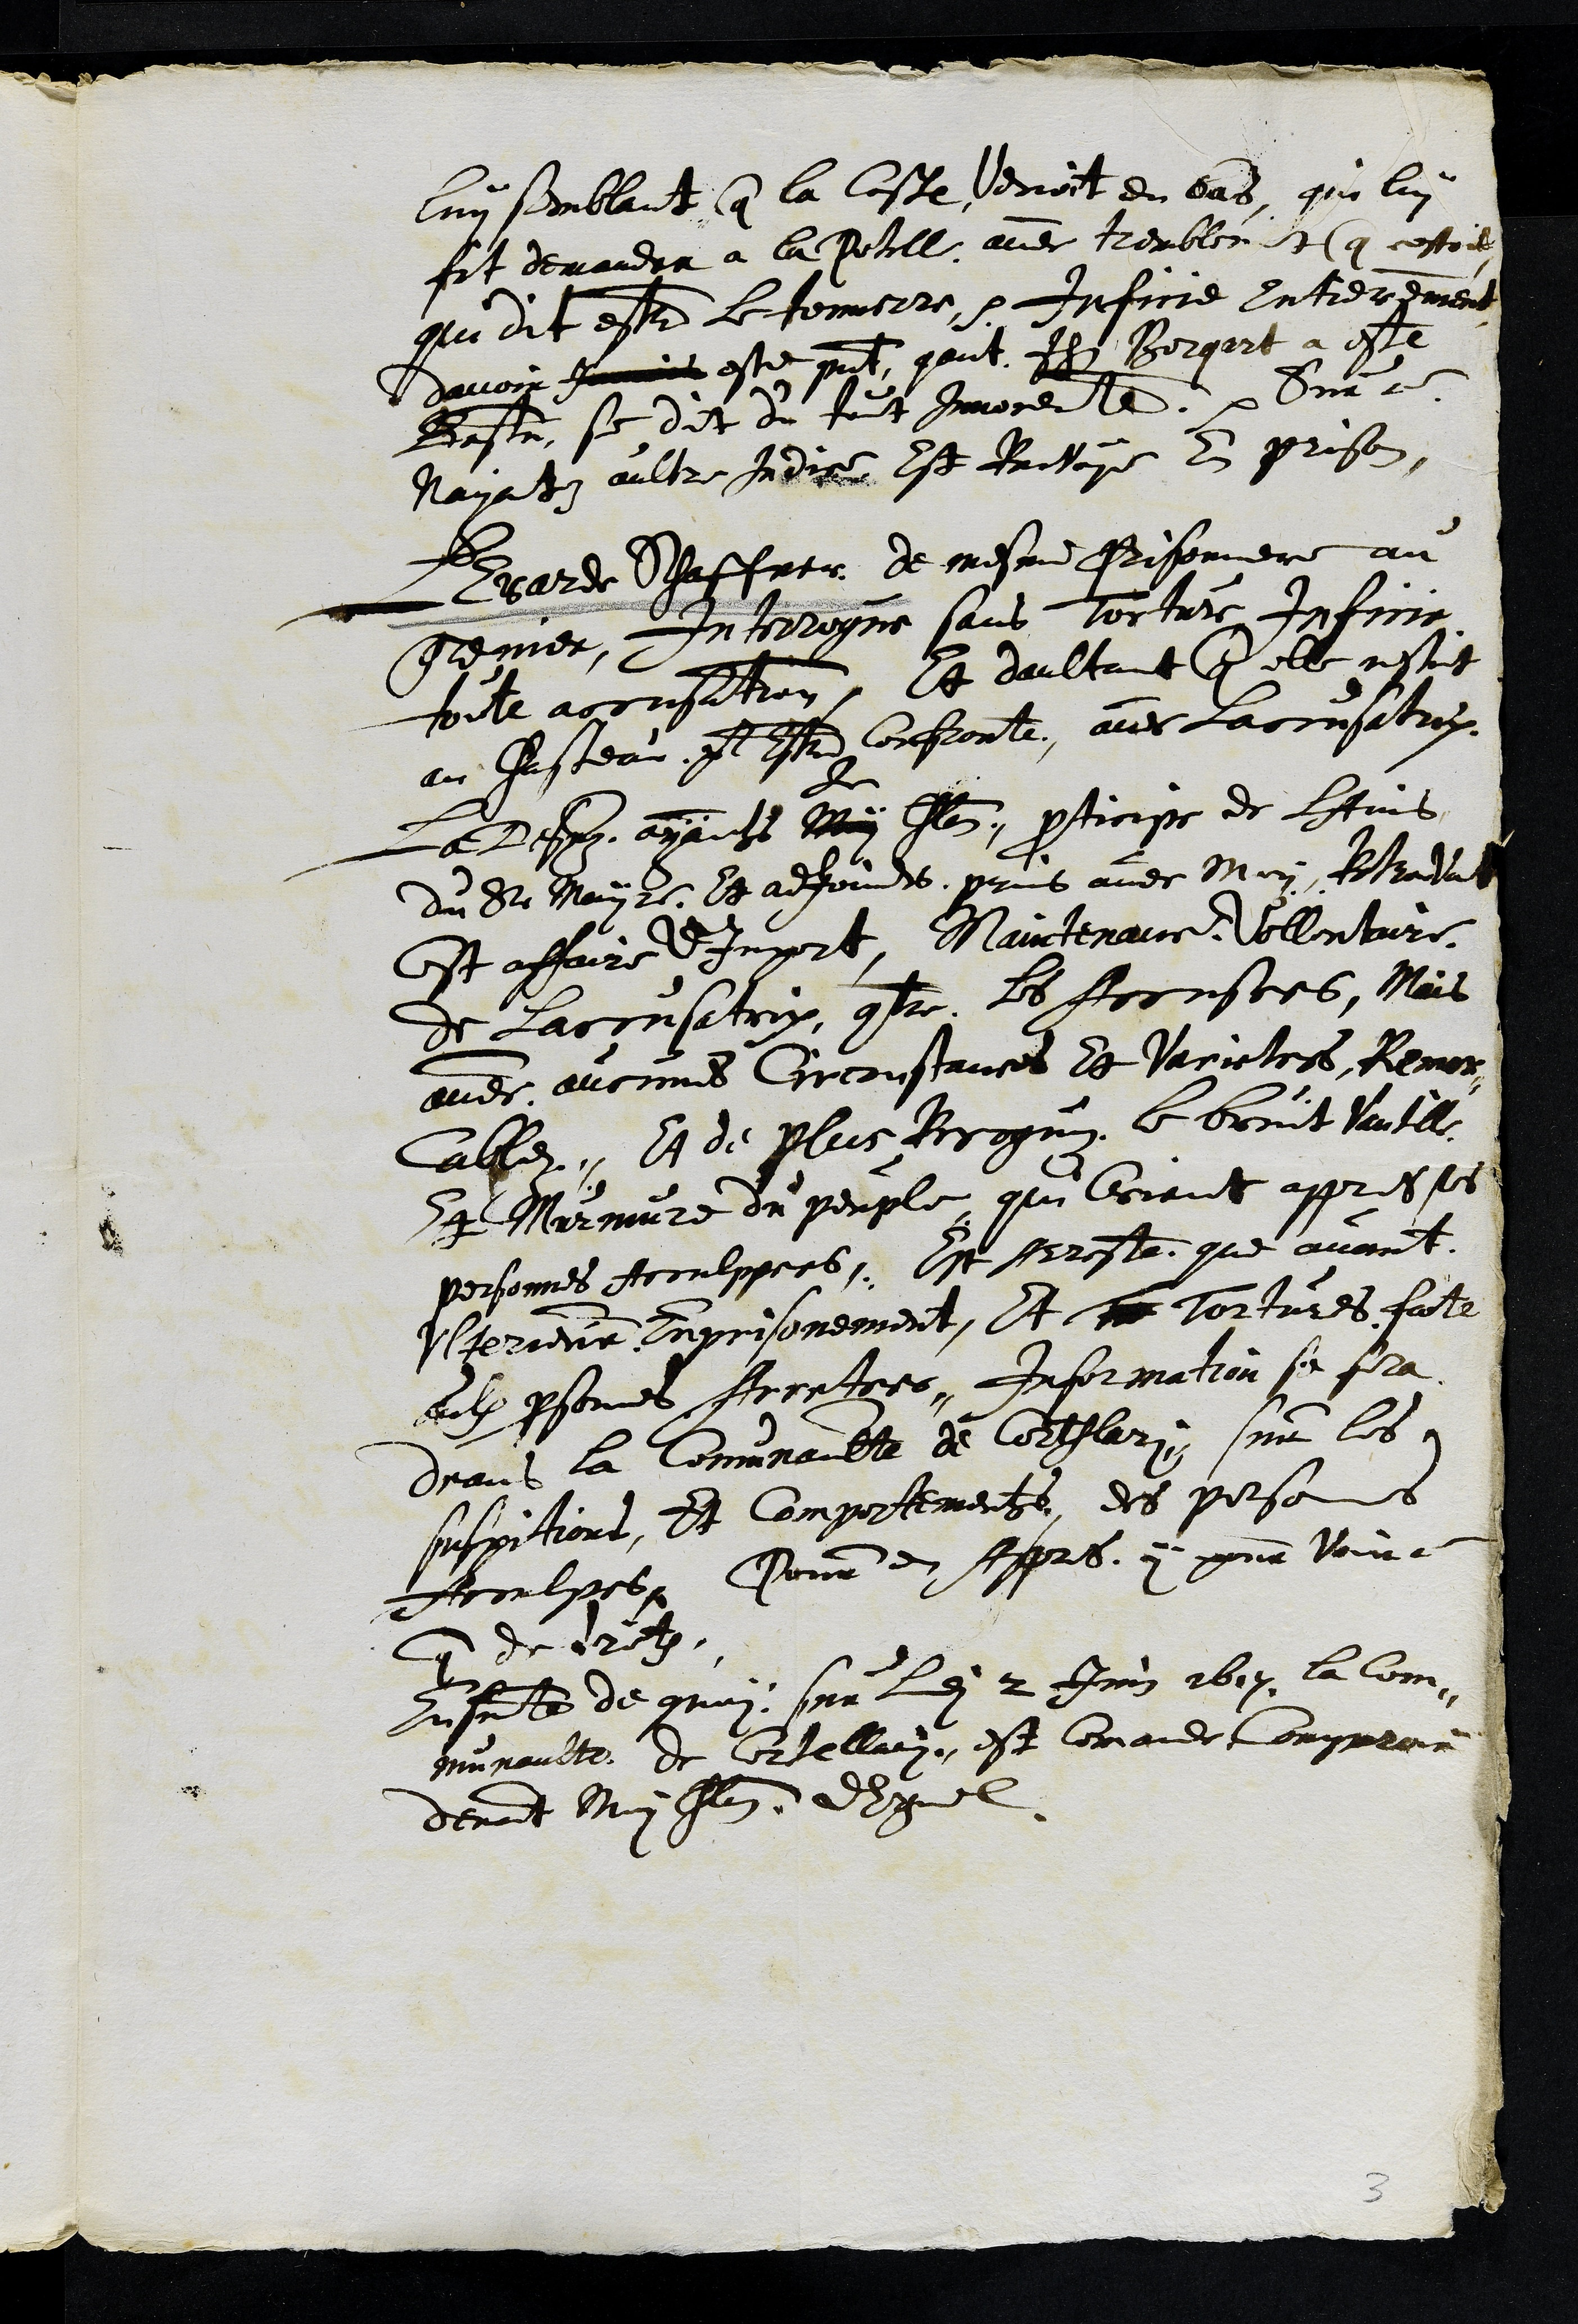
luy semblant que la coste venoit en bas qui lui
fit demandra a la Potill avec tremblen t que cestoit
qui dit estr le fonverre. Infirre Entrierdment
davoir jemis este present, gant fols Borgart a esté
Bastu, se dit du fout Inrocerte. Sur ce
Nayatn aultre indre Est Pritoye en prison
Fgarde Daffatr de mesme Pissonniere au
genier. Entendogné sans torturs Intiriy
toile accnsation. Et daultant que elle nestoit
au Justeau pl d Corfonte, avec Laccusation
Le Jehan ayant Ray
l
Item paroticise de Htuns
du St Mai 25. de adfou 1s. vrins avec Mry, Rtralat
Et affaire d'Import, Maurtenaue Abllenture
de Laccnsatrix contre le Jocnstes, Mais
avec aucunes Circonstances de Varictres Remon
Caller, A de Plus Brogni le bonit Vautlle
Aa Marmiure ou perple qui Coiant appres ses
personnes Aroulppors. Et preste que avont
Uteriene Tnprisonnement. Et ne tortures fat
eulx prsennes Acontres, Information se fla
deans la Commnauble de Corfflari, ur les
suspitions, Et comportements, des posos
Foobges, Pone en Aprs 7 pour voure
qutre de 12e.
Ensente de guon, sur les 2 Jinn 1617 la Com-
munaulte de uortellain, est commade Comprar
devant Muy Ilen dequel
3